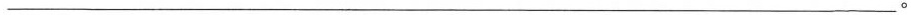
___。